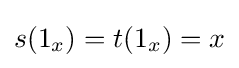
s(1_{x})=t(1_{x})=x